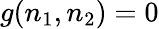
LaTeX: g(n_{1},n_{2})=0